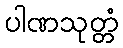
ပါဏသုတ္တံ